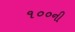
૧૦૦ની